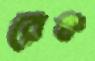
রেঞ্চ